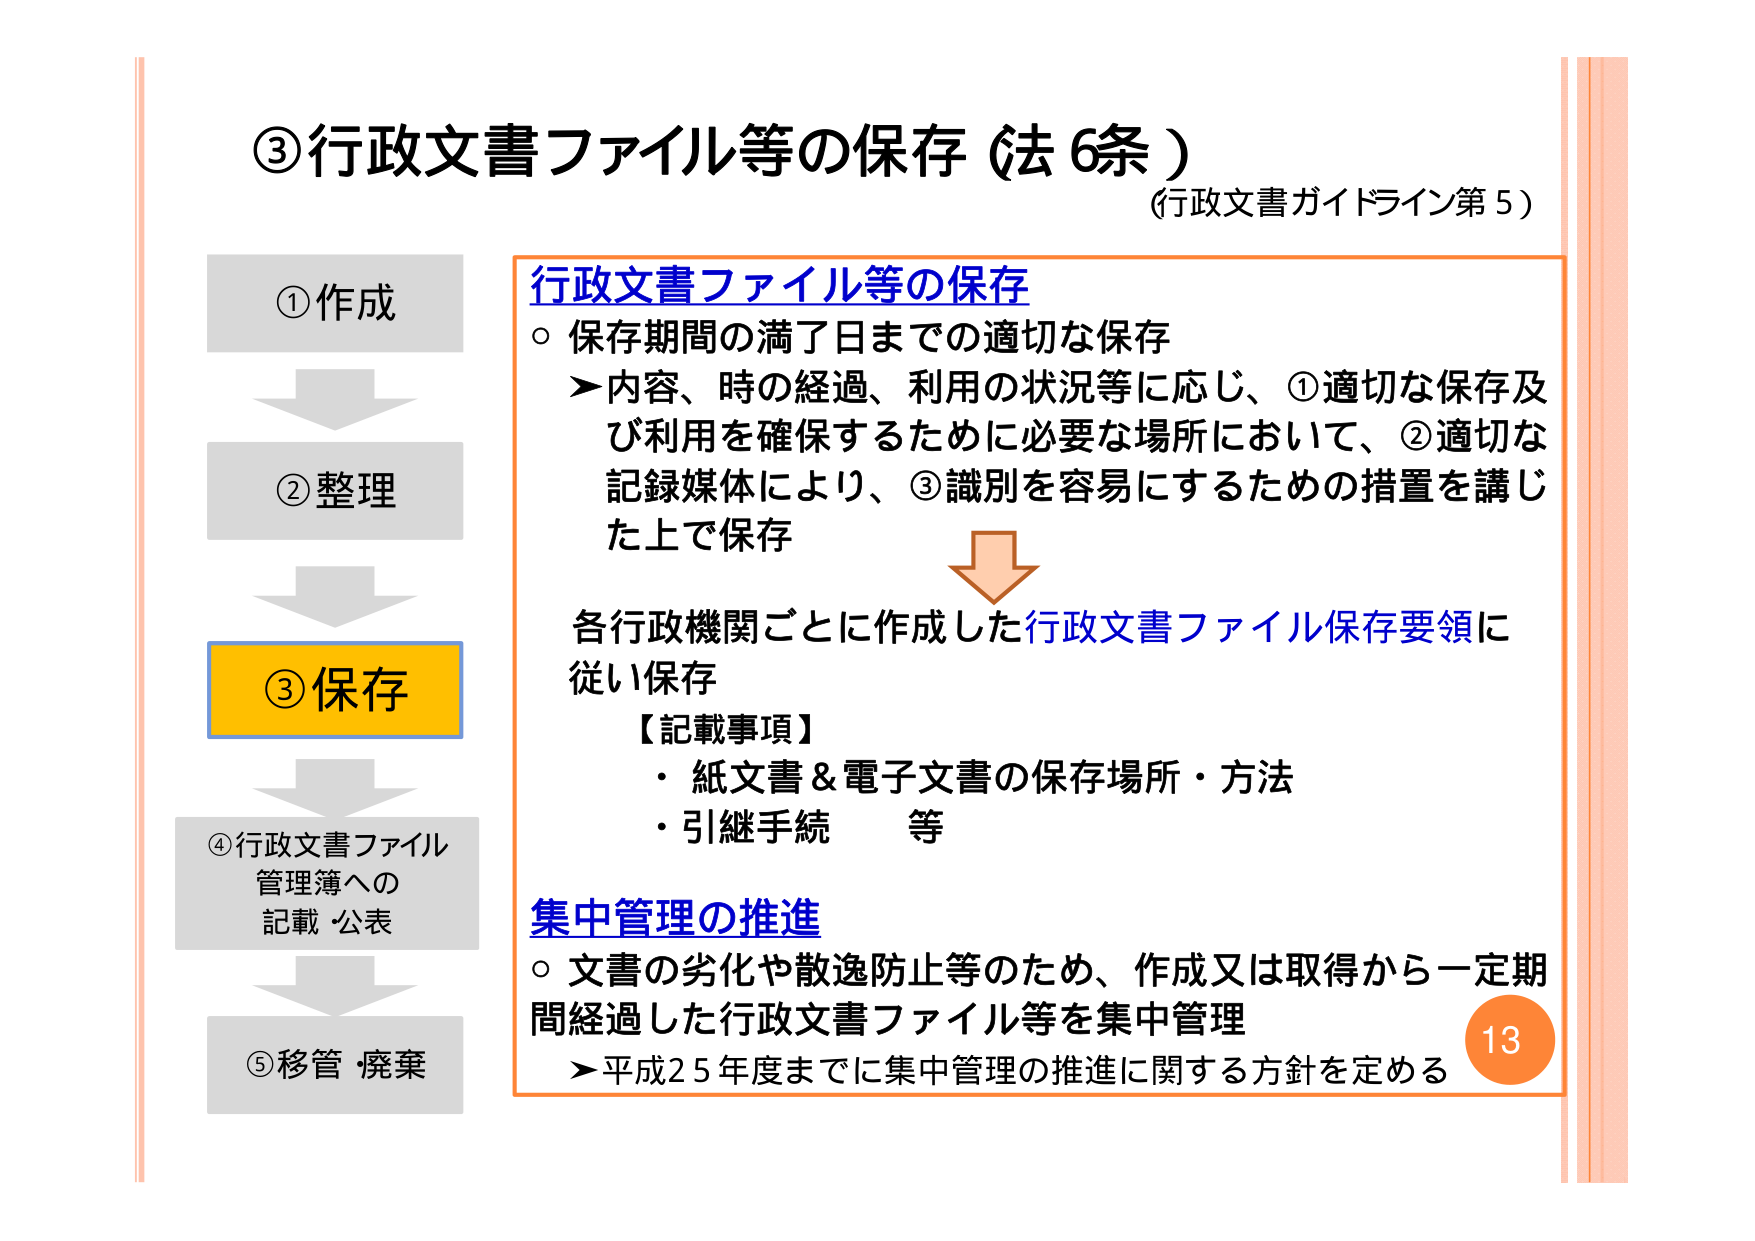
③行政文書ファイル等の保存（法6条）
（行政文書ガイドライン第5）

①作成
②整理
③保存
④行政文書ファイル管理簿への記載・公表
⑤移管・廃棄

行政文書ファイル等の保存
○ 保存期間の満了日までの適切な保存
　▶ 内容、時の経過、利用の状況等に応じ、①適切な保存及び利用を確保するために必要な場所において、②適切な記録媒体により、③識別を容易にするための措置を講じた上で保存

　↓

各行政機関ごとに作成した行政文書ファイル保存要領に従い保存
【記載事項】
・ 紙文書＆電子文書の保存場所・方法
・ 引継手続　等

集中管理の推進
○ 文書の劣化や散逸防止等のため、作成又は取得から一定期間経過した行政文書ファイル等を集中管理
　▶ 平成25年度までに集中管理の推進に関する方針を定める

13